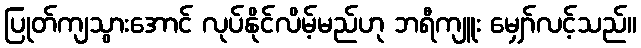
ပြုတ်ကျသွားအောင် လုပ်နိုင်လိမ့်မည်ဟု ဘရီကျူး မျှော်လင့်သည်။